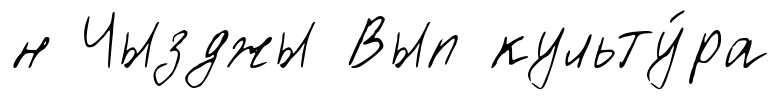
н Чызджы Вып культу́ра